Document type: Acquittance
Year: 1296
Scribe: Jaume de Malví
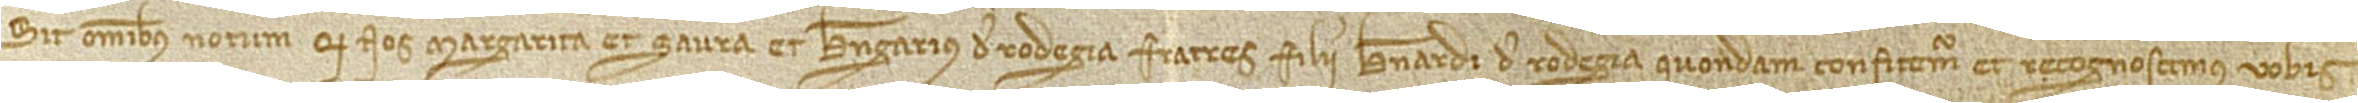
Sit omnibus notum quod nos Margarita et Saura et Berengarius de Rodegia, fratres, filii Bernardi de Rodegia, quondam, confitemur et recognoscimus vobis